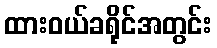
ထားဝယ်ခရိုင်အတွင်း